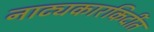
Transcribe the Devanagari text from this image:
नाट्यकारकिर्दीत